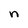
Character: n